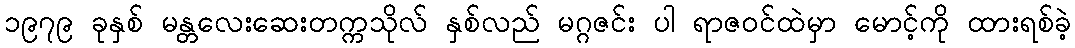
၁၉၇၉ ခုနှစ် မန္တလေးဆေးတက္ကသိုလ် နှစ်လည် မဂ္ဂဇင်း ပါ ရာဇဝင်ထဲမှာ မောင့်ကို ထားရစ်ခဲ့